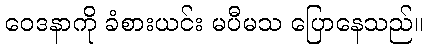
ဝေဒနာကို ခံစားယင်း မပီမသ ပြောနေသည်။